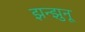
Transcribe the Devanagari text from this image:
झन्झुनू